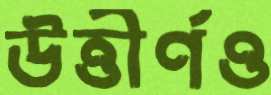
উত্তীর্ণও